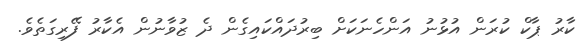
ކާރު ޕާކް ކުރަން އުޅުނު އަންހެނަކަށް ބިރުދައްކައިގެން ދެ ޒުވާނުން އެކާރު ފޭރިގަތެވެ.